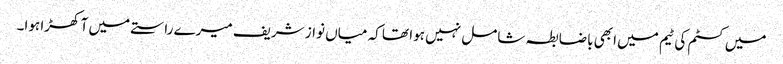
میں کسٹم کی ٹیم میں ابھی باضابطہ شامل نہیں ہوا تھا کہ میاں نواز شریف میرے راستے میں آ کھڑا ہوا۔